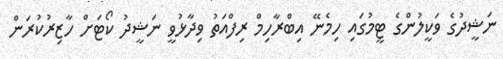
ނަޝީދުގެ ވަކީލުންގެ ޓީމުގައި ހިމެނޭ އިބްރާހިމް ރިފްއަތު ވިދާޅުވީ ނަޝީދު ކޯޓަށް ހާޒިރުކުރަން